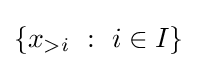
\left\{x_{>i}~:~i\in I\right\}